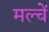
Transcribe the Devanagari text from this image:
मल्चें